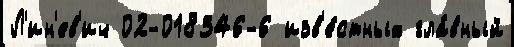
Л'ин'ев'ич 02-018346-6 изв'е́стных гла́вный